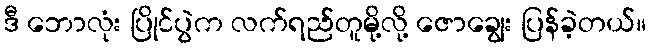
ဒီ ဘောလုံး ပြိုင်ပွဲက လက်ရည်တူမို့လို့ ဇောချွေး ပြန်ခဲ့တယ်။